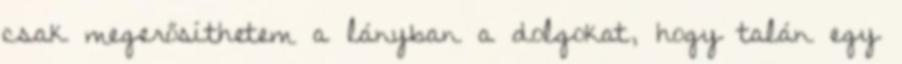
csak megerősíthetem a lányban a dolgokat, hogy talán egy